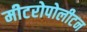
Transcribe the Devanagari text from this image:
मीटरोपोलीटन